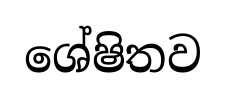
ශේෂිතව